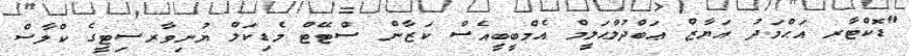
"ޑޮކްޓާރ އަޙްމަދު އަޔާޒް ޢަބްދުލްޙަލީމް އެމްބީބީއެސް ކަޒާން ސްޓޭޓް މެޑިކަލް ޔުނިވާރސިޓީގެ ކްލާސް